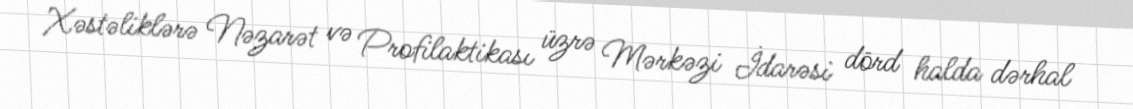
Xəstəliklərə Nəzarət və Profilaktikası üzrə Mərkəzi İdarəsi dörd halda dərhal